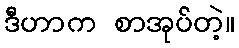
ဒီဟာက စာအုပ်တဲ့။